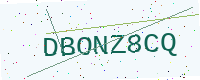
Text: DBONZ8CQ